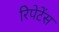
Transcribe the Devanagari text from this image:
रिपेटेंस